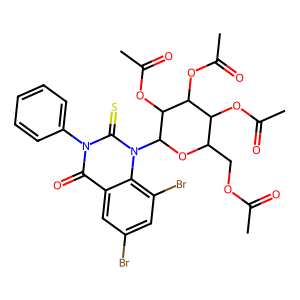
SMILES: CC(=O)OCC1OC(n2c(=S)n(-c3ccccc3)c(=O)c3cc(Br)cc(Br)c32)C(OC(C)=O)C(OC(C)=O)C1OC(C)=O
Inhibits HIV replication: No